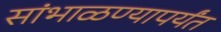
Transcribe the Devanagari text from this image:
सांभाळण्यापर्यंत